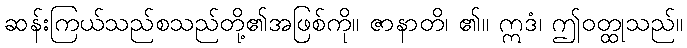
ဆန်းကြယ်သည်စသည်တို့၏အဖြစ်ကို။ ဇာနာတိ၊ ၏။ ဣဒံ၊ ဤဝတ္ထုသည်။